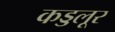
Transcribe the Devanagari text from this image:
कड्डलूर